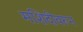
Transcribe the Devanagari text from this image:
मशिदीवरून